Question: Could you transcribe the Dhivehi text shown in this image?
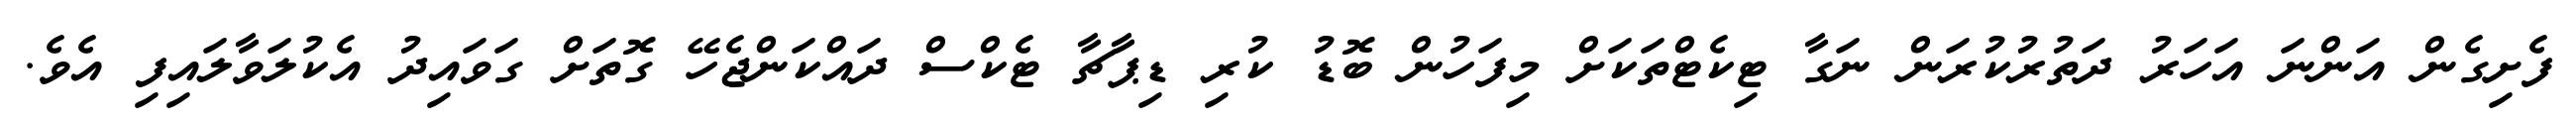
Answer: ފެށިގެން އަންނަ އަހަރު ދަތުރުކުރަން ނަގާ ޓިކެޓްތަކަށް މިފަހުން ބޮޑު ކުރި ޑިޕާޗާ ޓެކްސް ދައްކަންޖެހޭ ގޮތަށް ގަވައިދު އެކުލަވާލައިފި އެވެ.